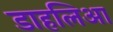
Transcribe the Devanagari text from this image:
डाहलिआ